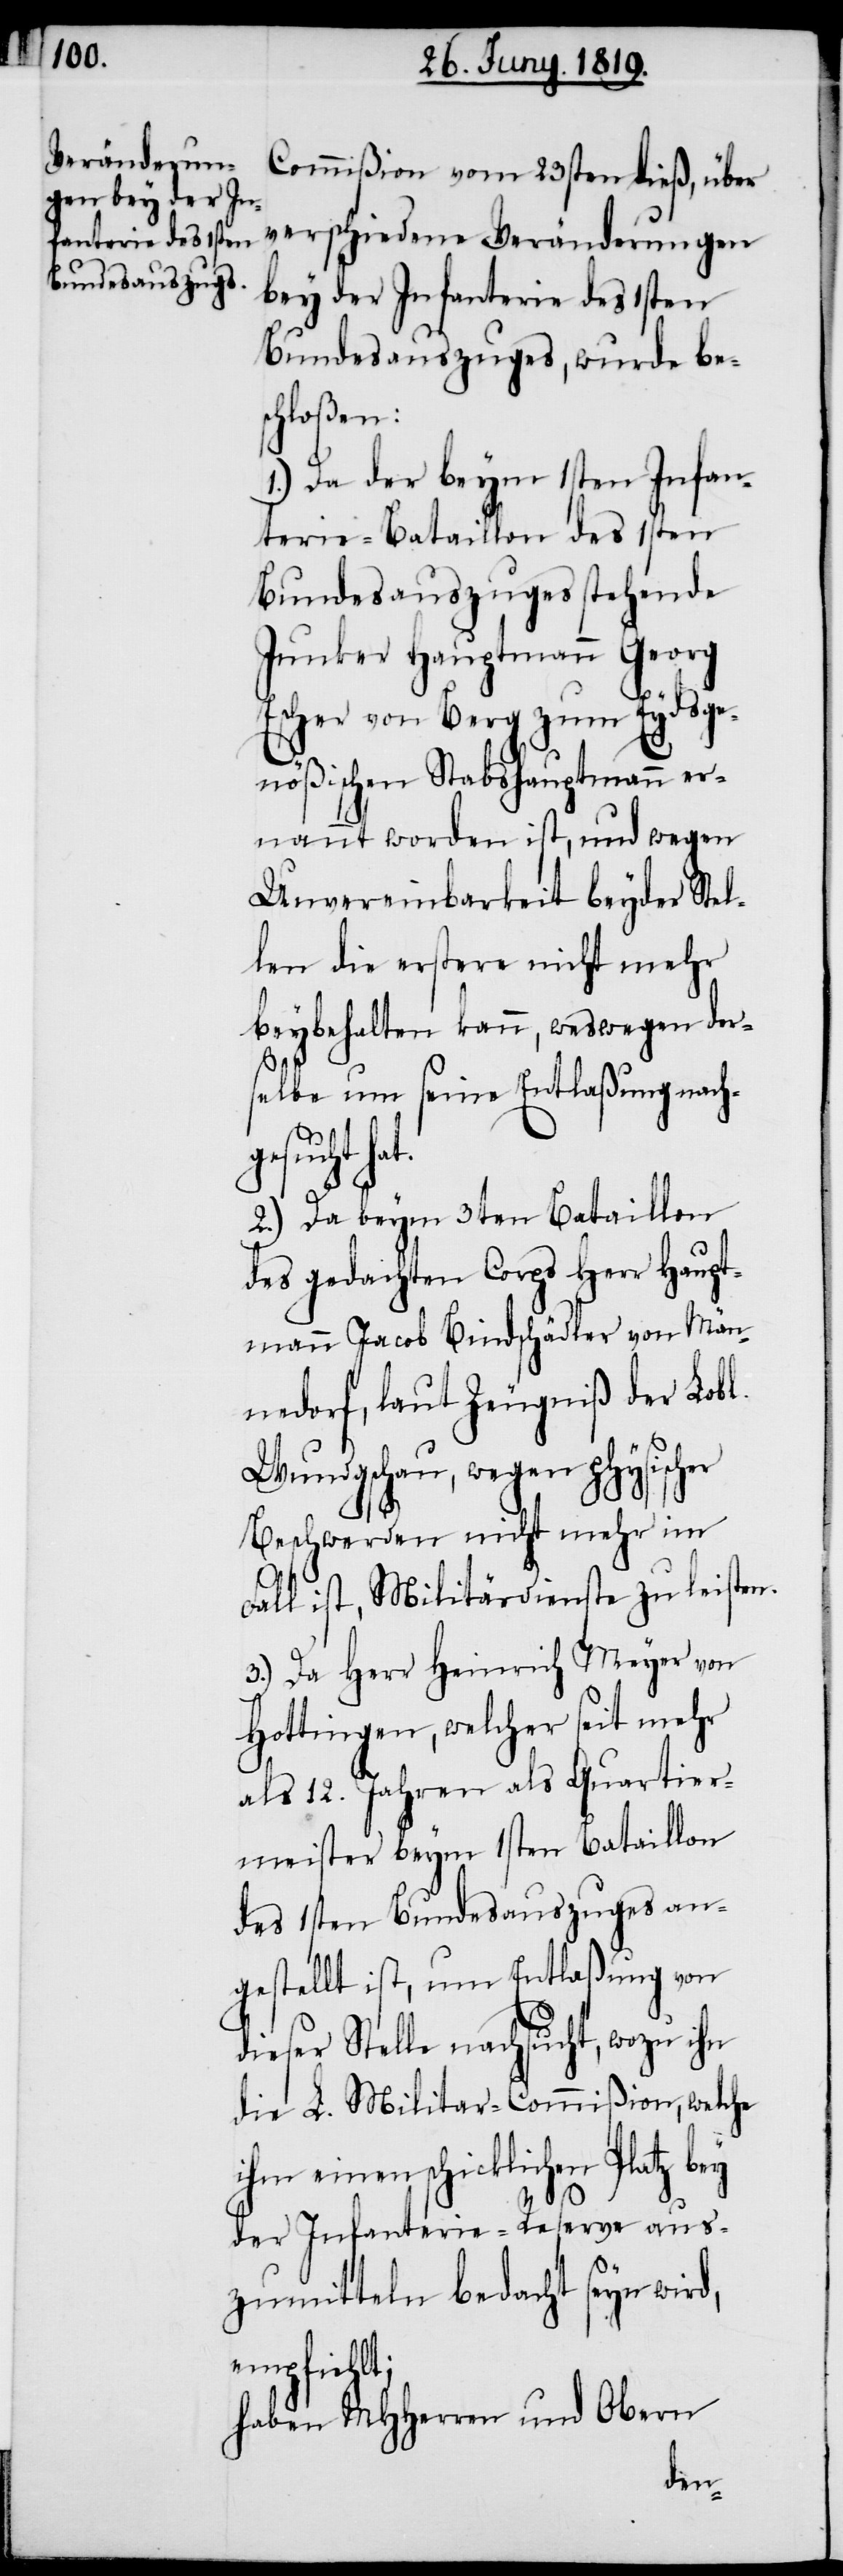
Commißion vom 23sten dieß, über
verschiedene Veränderungen
bey der Infanterie des 1sten
Bundesauszuges, wurde be¬
schloßen:
1.) Da der beym 1sten Infan¬
terie-Bataillon des 1sten
Bundesausszuges stehende
Junker Hauptmann Georg
Escher von Berg zum Eydsge¬
nößischen Stabshauptmann er¬
nannt worden ist, und wegen
Unvereinbarkeit beyder Stel¬
len die erstere nicht mehr
beybehalten kann, weswegen ders¬
elbe um seine Entlaßung nach¬
gesucht
2.) Da beym 3ten Bataillon
des gedachten Corps Herr Haupt¬
mann Jacob Bindschädler von Män¬
nedorf, laut Zeugniß der Lobl.
Wundgschau, wegen physicher
Beschwerden nicht mehr im
Fall ist, Militärdieste zu leisten.
3.) Da Herr Heinrich Meyer von
Hottingen, welcher seit mehr
als 12. Jahren als Quartier¬
meister beym 1sten Bataillon
des 1sten Bundesauszuges an¬
gestellt ist, um Entlaßung von
dieser Stelle nachsucht, wozu ihn
die L. Militär-Commißion, welche
ihm einen schicklichen Platz
der Infanterie-Reserve aus¬
zumitteln bedacht seyn wird,
empfiehlt;
haben MHHerren und Obern